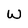
Character: W